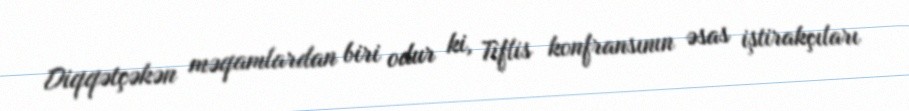
Diqqətçəkən məqamlardan biri odur ki, Tiflis konfransının əsas iştirakçıları